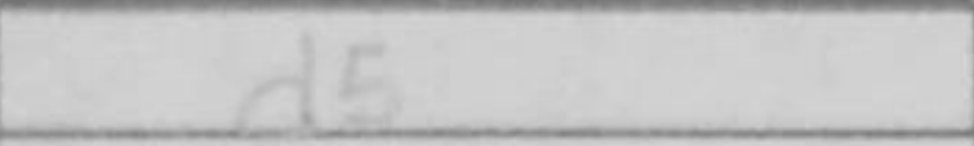
Transcription: d5